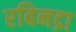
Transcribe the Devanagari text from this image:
रबिनद्रा